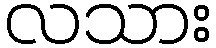
လသား